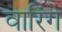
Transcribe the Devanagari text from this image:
वारिंगे